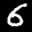
Label: 6